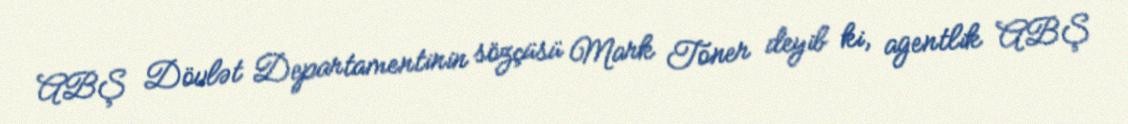
ABŞ Dövlət Departamentinin sözçüsü Mark Toner deyib ki, agentlik ABŞ